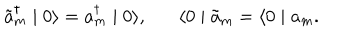
\tilde { a } _ { m } ^ { \dagger } \mid 0 \rangle = a _ { m } ^ { \dagger } \mid 0 \rangle , \langle 0 \mid \tilde { a } _ { m } = \langle 0 \mid a _ { m } .